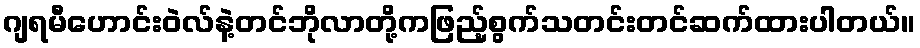
ဂျရမီဟောင်းဝဲလ်နဲ့တင်ဘိုလာတို့ကဖြည့်စွက်သတင်းတင်ဆက်ထားပါတယ်။